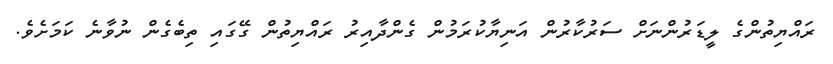
ރައްޔިތުންގެ ލީޑަރުންނަށް ސަރުކާރުން އަނިޔާކުރަމުން ގެންދާއިރު ރައްޔިތުން ގޭގައި ތިބެގެން ނުވާނެ ކަމަށެވެ.